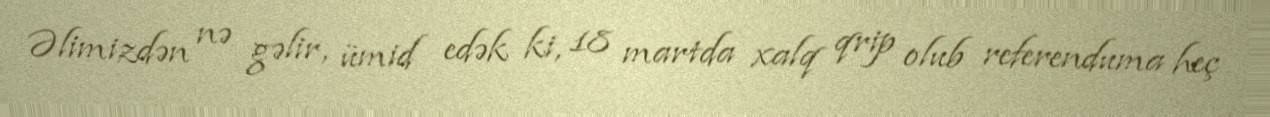
Əlimizdən nə gəlir, ümid edək ki, 18 martda xalq qrip olub referenduma heç